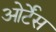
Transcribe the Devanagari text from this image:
ओर्टेंस